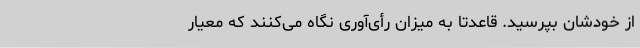
از خودشان بپرسید. قاعدتاً به میزان رأی‌آوری نگاه می‌کنند که معیار